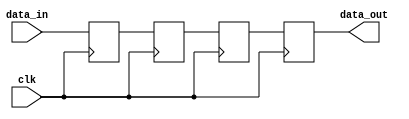
module four_flop_synchronizer (
    input wire clk,
    input wire data_in,
    output reg data_out
);

reg [3:0] flop_data;

// First flop
 always @(posedge clk) begin
    flop_data[0] <= data_in;
 end

// Second flop
 always @(posedge clk) begin
    flop_data[1] <= flop_data[0];
 end

// Third flop
 always @(posedge clk) begin
    flop_data[2] <= flop_data[1];
 end

// Fourth flop
 always @(posedge clk) begin
    flop_data[3] <= flop_data[2];
 end

// Output the synchronized data
 assign data_out = flop_data[3];

endmodule